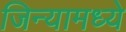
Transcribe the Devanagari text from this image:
जिन्यामध्ये